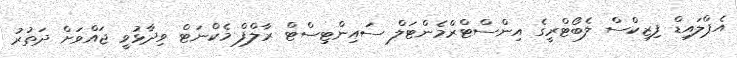
އެޕްލައިޑް ފިޒިކްސް ލެބޯޓްރީގެ އިންސްޓްރްމެންޓަލް ސައިންޓިސްޓް ރާލްފް މެކްނަޓް ވިދާޅުވީ ޖައްވަށް ދަތުރު